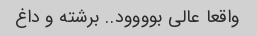
واقعا عالی بوووود.. برشته و داغ